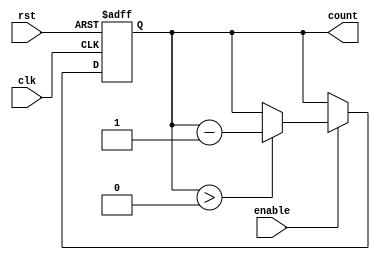
module decremental_counter #(
    parameter MAX_VALUE = 255 // Define the maximum value (for an 8-bit counter)
)(
    input wire clk,           // Clock signal
    input wire rst,           // Asynchronous reset signal
    input wire enable,        // Enable signal to decrement the counter
    output reg [7:0] count    // Current count value (8-bit)
);

    // Initial value of count
    initial begin
        count = MAX_VALUE; // Initialize count to MAX_VALUE
    end

    // Asynchronous reset and synchronous decrement logic
    always @(posedge clk or posedge rst) begin
        if (rst) begin
            count <= MAX_VALUE; // Reset count to MAX_VALUE
        end else if (enable) begin
            if (count > 0) begin
                count <= count - 1; // Decrement count
            end
            // If count is already 0, it will remain 0
        end
    end

endmodule